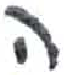
אות: ה